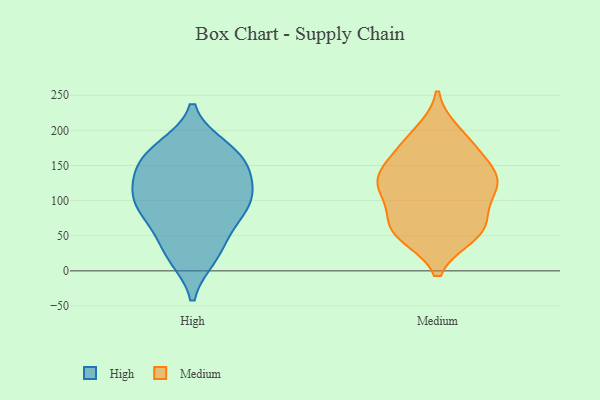
{"axis": {"x": "Tickets Resolved", "y": "Value"}, "legend": ["High", "Medium"], "data": [{"x": "", "y": 172, "type": "High"}, {"x": "", "y": 175, "type": "High"}, {"x": "", "y": 41, "type": "High"}, {"x": "", "y": 78, "type": "High"}, {"x": "", "y": 72, "type": "High"}, {"x": "", "y": 157, "type": "High"}, {"x": "", "y": 149, "type": "High"}, {"x": "", "y": 20, "type": "High"}, {"x": "", "y": 164, "type": "High"}, {"x": "", "y": 113, "type": "High"}, {"x": "", "y": 89, "type": "High"}, {"x": "", "y": 119, "type": "High"}, {"x": "", "y": 99, "type": "High"}, {"x": "", "y": 103, "type": "High"}, {"x": "", "y": 21, "type": "High"}, {"x": "", "y": 133, "type": "High"}, {"x": "", "y": 65, "type": "Medium"}, {"x": "", "y": 175, "type": "Medium"}, {"x": "", "y": 121, "type": "Medium"}, {"x": "", "y": 60, "type": "Medium"}, {"x": "", "y": 52, "type": "Medium"}, {"x": "", "y": 133, "type": "Medium"}, {"x": "", "y": 64, "type": "Medium"}, {"x": "", "y": 124, "type": "Medium"}, {"x": "", "y": 55, "type": "Medium"}, {"x": "", "y": 196, "type": "Medium"}, {"x": "", "y": 114, "type": "Medium"}, {"x": "", "y": 109, "type": "Medium"}, {"x": "", "y": 147, "type": "Medium"}, {"x": "", "y": 181, "type": "Medium"}, {"x": "", "y": 139, "type": "Medium"}]}